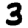
Digit: 3